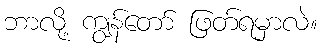
ဘာလို့ ကျွန်တော် ဖြတ်ရမှာလဲ။